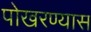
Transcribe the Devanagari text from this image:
पोखरण्यास